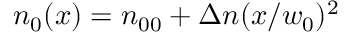
n _ { 0 } ( x ) = n _ { 0 0 } + \Delta n ( x / w _ { 0 } ) ^ { 2 }